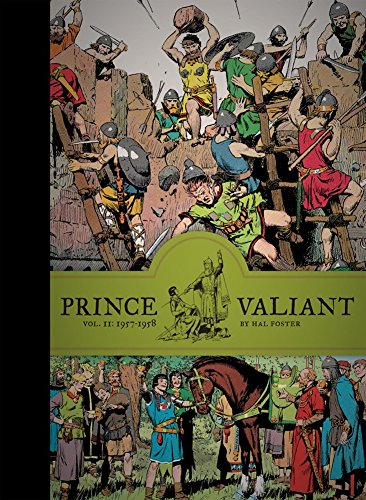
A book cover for Prince Valiant Vol. 11: 1957-1958 (Vol. 11)  (Prince Valiant); Hal Foster; Comics & Graphic Novels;